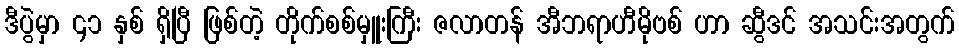
ဒီပွဲမှာ ၄၁ နှစ် ရှိပြီ ဖြစ်တဲ့ တိုက်စစ်မှူးကြီး ဇလာတန် အီဘရာဟီမိုဗစ် ဟာ ဆွီဒင် အသင်းအတွက်